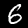
Label: 6